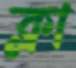
ক্লা